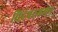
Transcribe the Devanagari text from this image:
चिदंबरगमन